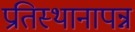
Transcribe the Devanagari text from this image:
प्रतिस्थानापन्न